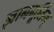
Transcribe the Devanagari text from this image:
ज्ञानमूर्तिम्